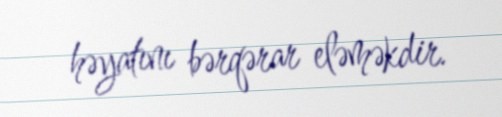
həyatını bərqərar eləməkdir.